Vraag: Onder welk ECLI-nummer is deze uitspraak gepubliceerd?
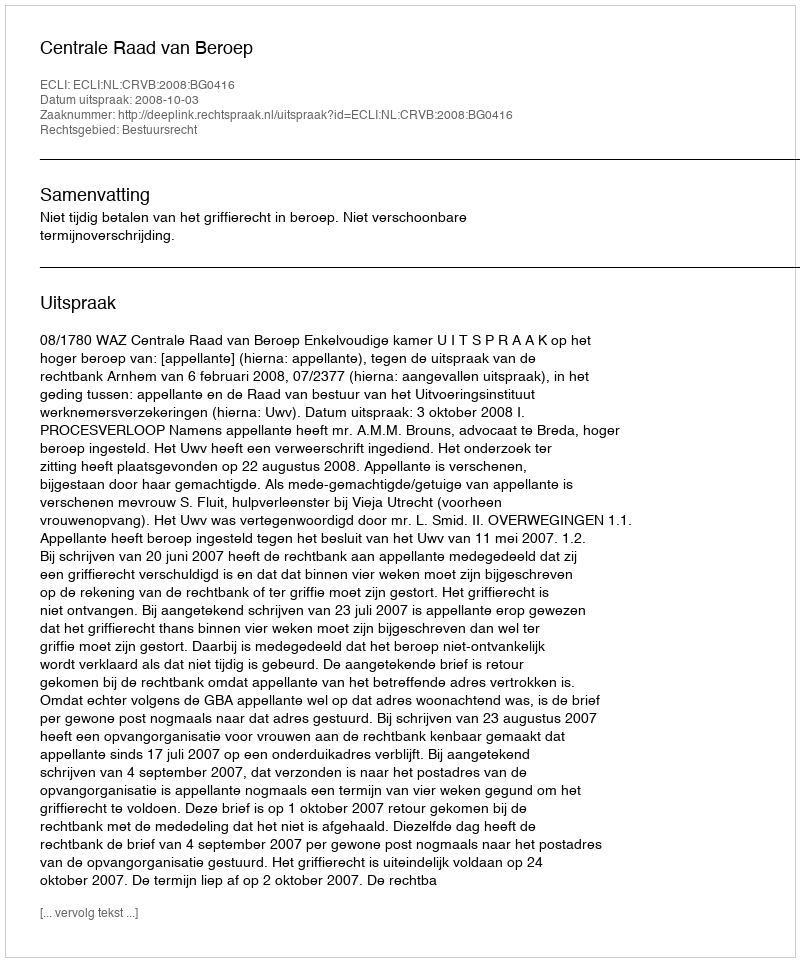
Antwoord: ECLI:NL:CRVB:2008:BG0416